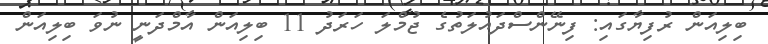
ބިލިއަން ރުފިޔާގައި: ފިނޭންސްދައުލަތުގެ ޖުމްލަ ހަރަދު 11 ބިލިއަން އާމްދަނީ ނުވަ ބިލިއަން